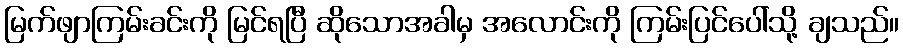
မြက်ဖျာကြမ်းခင်းကို မြင်ရပြီ ဆိုသောအခါမှ အလောင်းကို ကြမ်းပြင်ပေါ်သို့ ချသည်။